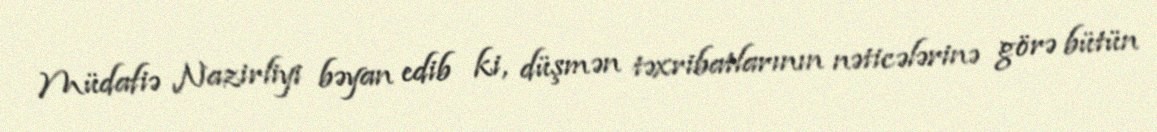
Müdafiə Nazirliyi bəyan edib ki, düşmən təxribatlarının nəticələrinə görə bütün